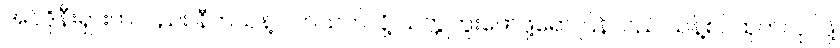
အင်ဒိုနီးရှားကလည်း နီကယ်နဲ့ ပတ်သက်လို့ သတ္တုတူးဖော်ဖို့ရော ပြန်လည် သန့်စင်ထုတ်လုပ်ဖို့